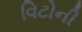
વિટોની